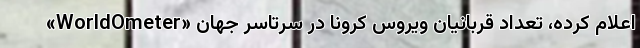
«WorldOmeter» اعلام کرده، تعداد قربانیان ویروس کرونا در سرتاسر جهان